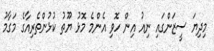
މިދިޔަ ސީޒަންގައި ނިއު އިން ހޮވި އެންމެ މޮޅު ޔޫތު ކުޅުންތެރިއާގެ މަގާމު